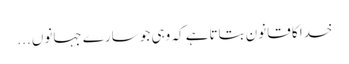
خدا کا قانون بتاتاہے کہ وہی جو سارے جہانوں ...